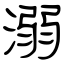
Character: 溺